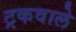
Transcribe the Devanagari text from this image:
ट्रकवाले